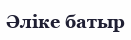
Әліке батыр